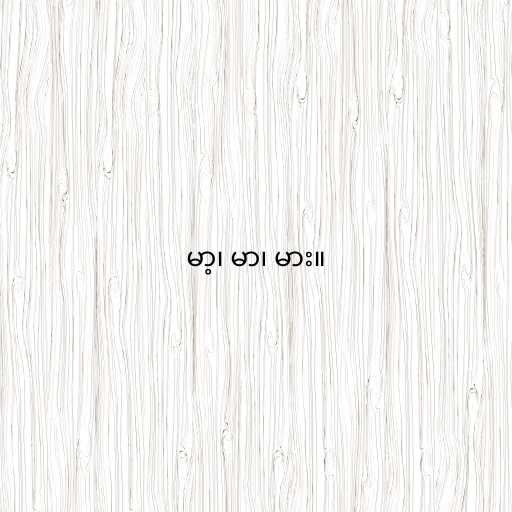
မာ့၊ မာ၊ မား။